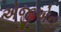
એજીએન